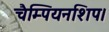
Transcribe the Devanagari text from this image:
चैम्पियनशिप।